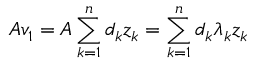
A v _ { 1 } = A \sum _ { k = 1 } ^ { n } d _ { k } z _ { k } = \sum _ { k = 1 } ^ { n } d _ { k } \lambda _ { k } z _ { k }